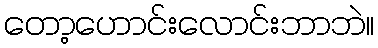
တော့ဟောင်းလောင်းဘာဘဲ။